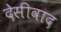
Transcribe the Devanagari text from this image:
देसीवाद